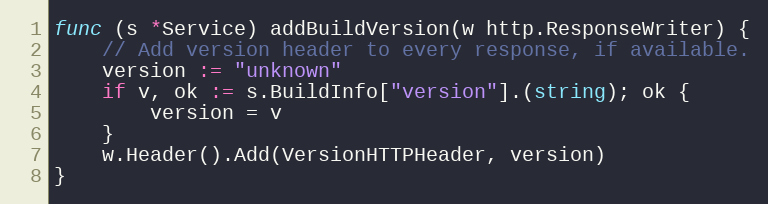
Language: Go
func (s *Service) addBuildVersion(w http.ResponseWriter) {
	// Add version header to every response, if available.
	version := "unknown"
	if v, ok := s.BuildInfo["version"].(string); ok {
		version = v
	}
	w.Header().Add(VersionHTTPHeader, version)
}